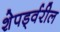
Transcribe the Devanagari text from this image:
शेपर्ड्वरील